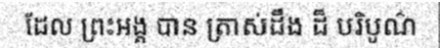
ដែល ព្រះអង្គ បាន ត្រាស់ដឹង ដ៏ បរិបូណ៌